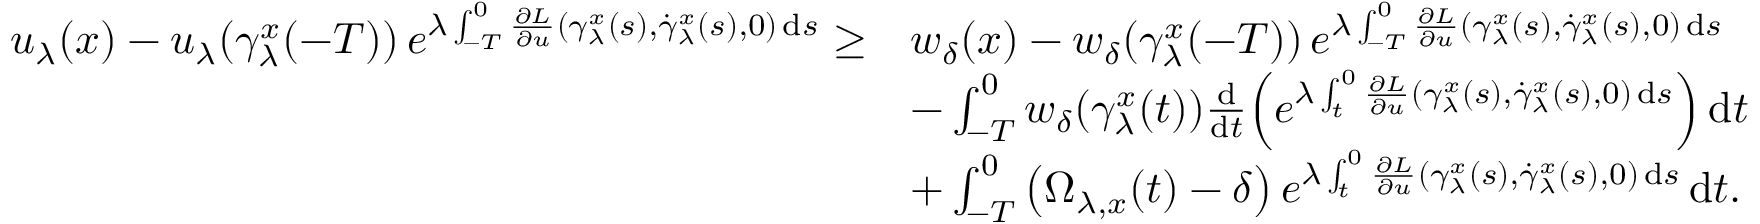
\begin{array} { r l } { u _ { \lambda } ( x ) - u _ { \lambda } ( \gamma _ { \lambda } ^ { x } ( - T ) ) \, e ^ { \lambda \int _ { - T } ^ { 0 } \frac { \partial L } { \partial u } ( \gamma _ { \lambda } ^ { x } ( s ) , \dot { \gamma } _ { \lambda } ^ { x } ( s ) , 0 ) \, \mathrm { d } s } \geq } & { w _ { \delta } ( x ) - w _ { \delta } ( \gamma _ { \lambda } ^ { x } ( - T ) ) \, e ^ { \lambda \int _ { - T } ^ { 0 } \frac { \partial L } { \partial u } ( \gamma _ { \lambda } ^ { x } ( s ) , \dot { \gamma } _ { \lambda } ^ { x } ( s ) , 0 ) \, \mathrm { d } s } } \\ & { - \int _ { - T } ^ { 0 } w _ { \delta } ( \gamma _ { \lambda } ^ { x } ( t ) ) \frac { \mathrm { d } } { \mathrm { d } t } \Big ( e ^ { \lambda \int _ { t } ^ { 0 } \frac { \partial L } { \partial u } ( \gamma _ { \lambda } ^ { x } ( s ) , \dot { \gamma } _ { \lambda } ^ { x } ( s ) , 0 ) \, \mathrm { d } s } \Big ) \, \mathrm { d } t } \\ & { + \int _ { - T } ^ { 0 } \left( \Omega _ { \lambda , x } ( t ) - \delta \right) e ^ { \lambda \int _ { t } ^ { 0 } \frac { \partial L } { \partial u } ( \gamma _ { \lambda } ^ { x } ( s ) , \dot { \gamma } _ { \lambda } ^ { x } ( s ) , 0 ) \, \mathrm { d } s } \, \mathrm { d } t . } \end{array}